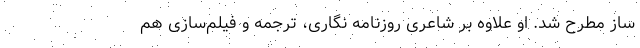
ساز مطرح شد. او علاوه بر شاعری روزنامه نگاری، ترجمه و فیلم‌سازی هم